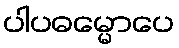
ပါပဓမ္မောပေ